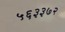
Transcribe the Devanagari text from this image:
५६३३७२